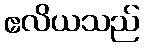
ဧလိယသည်